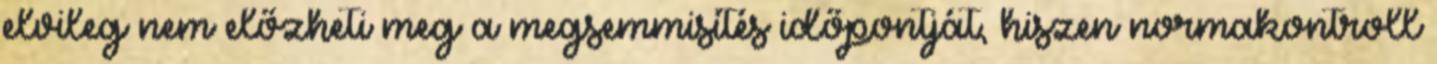
elvileg nem előzheti meg a megsemmisítés időpontját, hiszen normakontroll